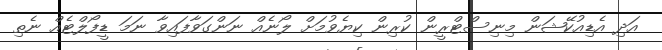
އަދި އެޑިއުކޭޝަން މިނިސްޓްރީން ކުރިން ކިޔެވުމަށް ލޯނެއް ނަންގަވާފައިވާ ނަމަ ޑީފޯލްޓެއް ނެތި